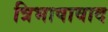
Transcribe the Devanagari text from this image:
त्रिभाषावाद